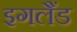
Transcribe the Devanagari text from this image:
इगलैंड